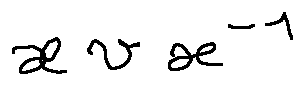
x v x ^ { - 1 }